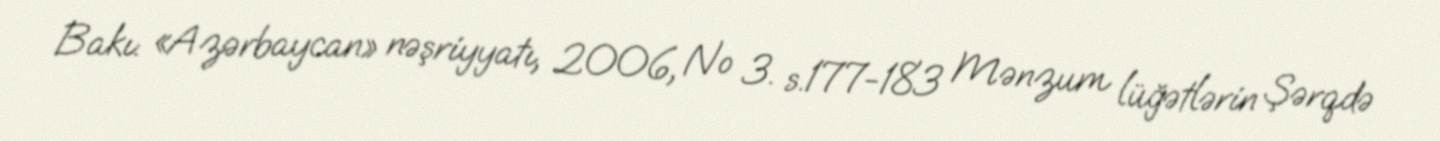
Bakı: «Azərbaycan» nəşriyyatı, 2006, № 3. s.177-183 Mənzum lüğətlərin Şərqdə